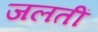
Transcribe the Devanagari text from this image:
जलतीं